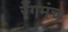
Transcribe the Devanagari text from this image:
रँगमंच